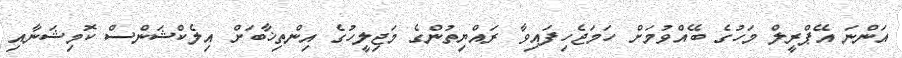
އަންނަ އޭޕްރީލް މަހުގެ ބޭއްވުމަށް ހަމަޖެހިފައިވާ ރައްޔިތުންގެ މަޖިލީހުގެ އިންތިޚާބަށް އިލެކްޝަންސް ކޮމިޝަނާއި